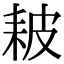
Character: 耚